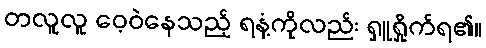
တလူလူ ဝေ့ဝဲနေသည့် ရနံ့ကိုလည်း ရှူရှိုက်ရ၏။